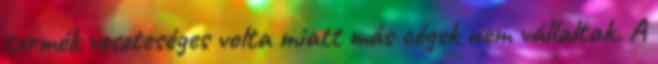
termék veszteséges volta miatt más cégek nem vállaltak. A